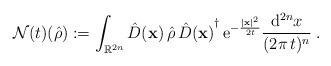
LaTeX: \begin{align*}\mathcal{N}(t)(\hat{\rho}) := \int_{\mathbb{R}^{2n}} \hat{D}(\mathbf{x})\,\hat{\rho}\,{\hat{D}(\mathbf{x})}^\dag\,\mathrm{e}^{-\frac{|\mathbf{x}|^2}{2t}}\frac{\mathrm{d}^{2n}x}{(2\pi\,t)^n}\;.\end{align*}